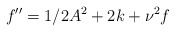
\begin{align*}f^{\prime \prime}=1/2A^2+2k+\nu^2f\end{align*}